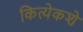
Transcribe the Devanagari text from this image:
कित्येकशे